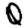
Digit: 0